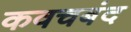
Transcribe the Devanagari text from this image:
कवचबंद